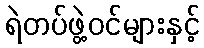
ရဲတပ်ဖွဲ့ဝင်များနှင့်